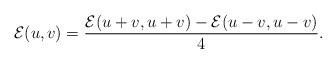
\begin{align*}\mathcal E(u,v)=\frac{\mathcal E(u+v,u+v)-\mathcal E(u-v,u-v)}{4}.\end{align*}